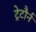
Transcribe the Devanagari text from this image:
ट्रेटौर्न